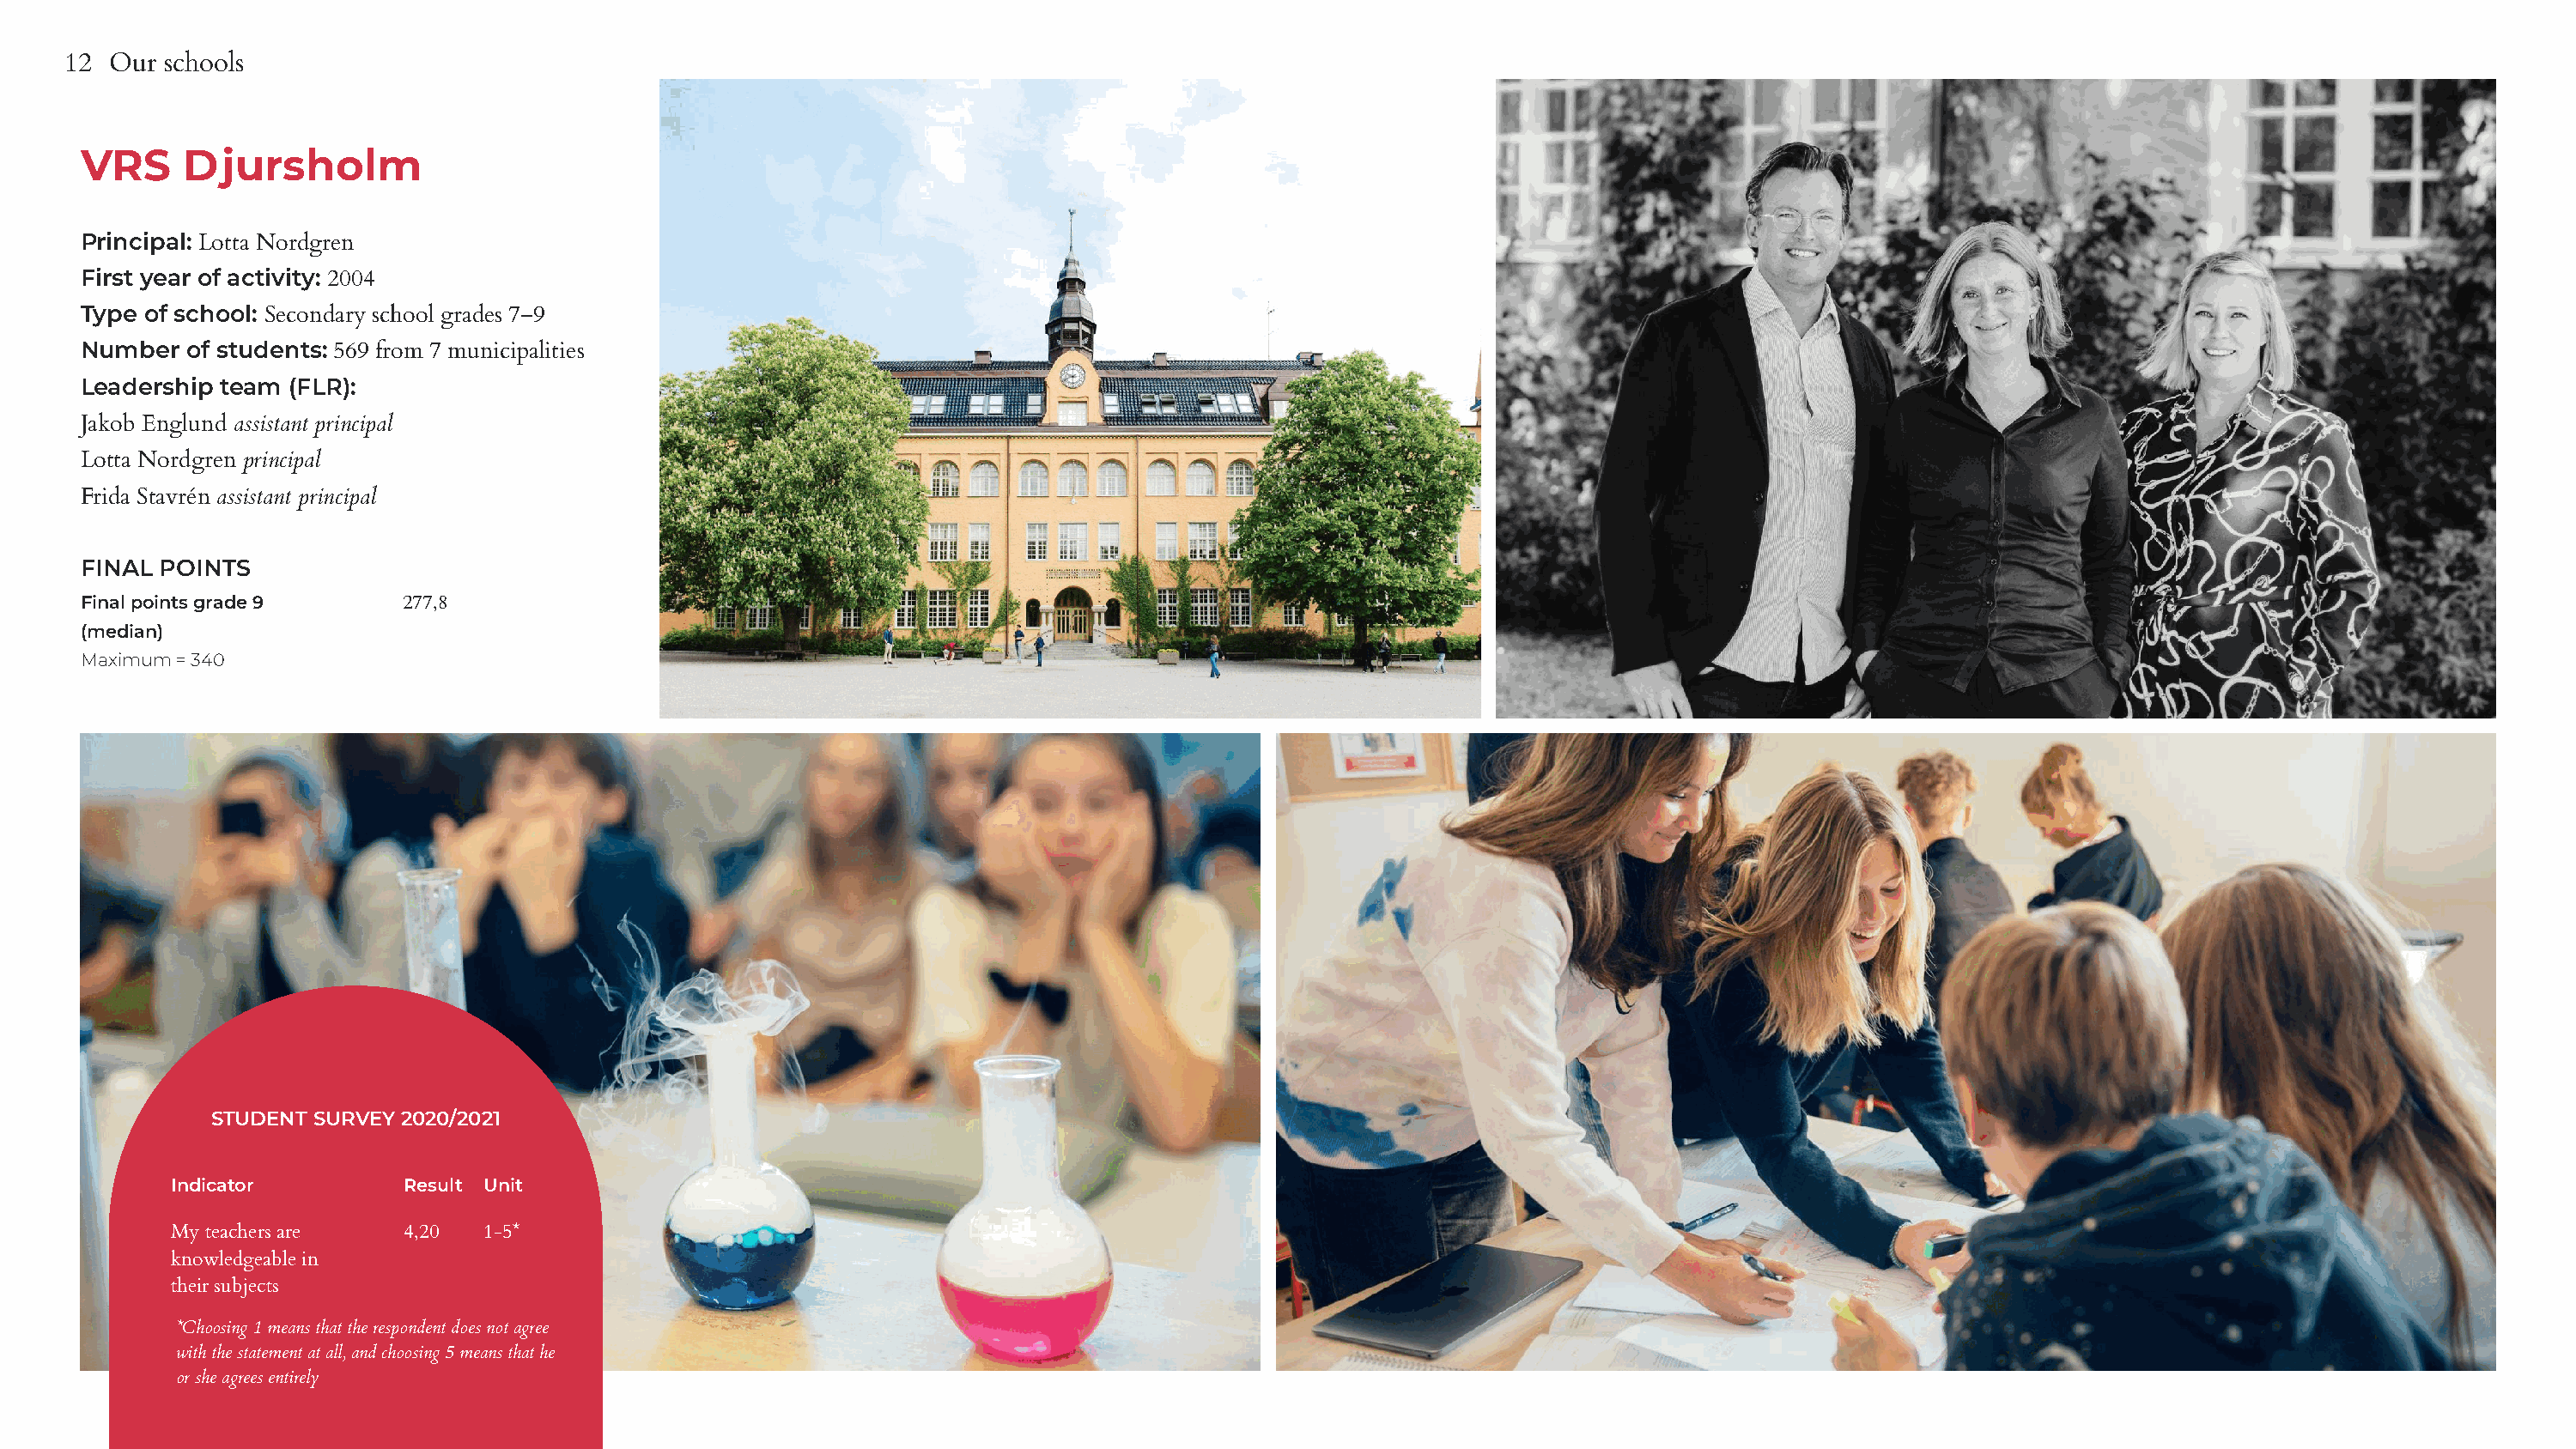
12 Our  schools
 VRS     Djursholm
 Principal: Lotta Nordgren
 First year of activity: 2004
 Type of school: Secondary school grades 7–9
 Number  of students: 569 from 7 municipalities
 Leadership team (FLR):
 Jakob Englund assistant principal
 Lotta Nordgren principal
 Frida Stavrén assistant principal
 FINAL POINTS
 Final points grade 9     277,8
 (median)
 Maximum = 340
 STUDENT SURVEY 2020/2021
 Indicator         Result Unit
 My teachers are   4,20  1-5*
 knowledgeable in
 their subjects
 *Choosing 1 means that the respondent does not agree
 with the statement at all, and choosing 5 means that he
 or she agrees entirely